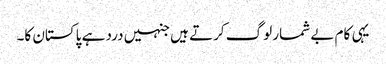
یہی کام بے شمار لوگ کرتے ہیں جنہیں درد ہے پاکستان کا۔